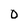
Character: 0